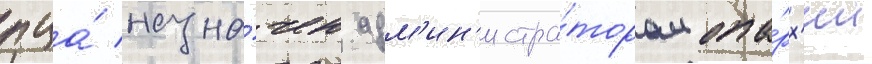
пца́ назна́чен адм'ин'истра́тором епа́рх'ии